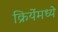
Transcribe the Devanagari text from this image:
क्रियेंमध्ये